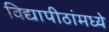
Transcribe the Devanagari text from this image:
विद्यापीठांमध्‍ये